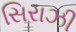
સિરાઝી